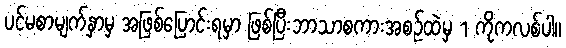
ပင်မစာမျက်နှာမှ အဖြစ်ပြောင်းရမှာ ဖြစ်ပြီးဘာသာစကားအစဥ်ထဲမှ 1 ကိုကလစ်ပါ။